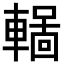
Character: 𨎏